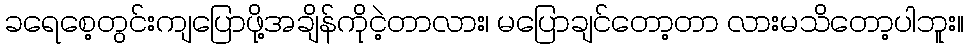
ခရေစေ့တွင်းကျပြောဖို့အချိန်ကိုငဲ့တာလား၊ မပြောချင်တော့တာ လားမသိတော့ပါဘူး။